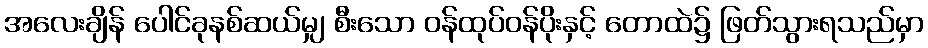
အလေးချိန် ပေါင်ခုနစ်ဆယ်မျှ စီးသော ဝန်ထုပ်ဝန်ပိုးနှင့် တောထဲ၌ ဖြတ်သွားရသည်မှာ